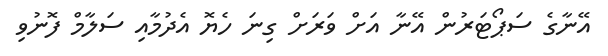
އޭނާގެ ސަޕޯޓަރުން އޭނާ އަށް ވަރަށް ގިނަ ހެޔޮ އެދުމާއި ސަލާމް ފޮނުވި